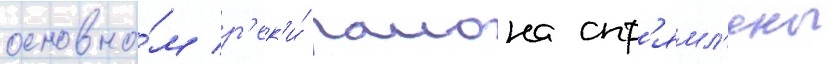
основно́м р'ек'и́ раиона спр'ямл'ены